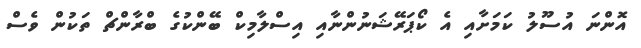
އޮންނަ އުސޫލު ކަމަށާއި އެ ކޯޕަރޭޝަނުންނާއި އިސްލާމިކް ބޭންކުގެ ބްރާންޗް ތަކުން ވެސް